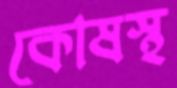
কোষস্থ